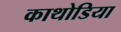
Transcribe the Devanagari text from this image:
काथोडिया